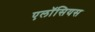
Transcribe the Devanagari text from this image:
एलॉसियस